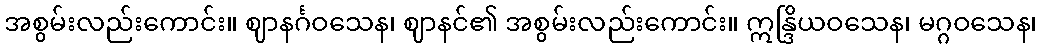
အစွမ်းလည်းကောင်း။ ဈာနင်္ဂဝသေန၊ ဈာနင်၏ အစွမ်းလည်းကောင်း။ ဣန္ဒြိယဝသေန၊ မဂ္ဂဝသေန၊